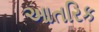
આતરિક